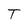
Character: T